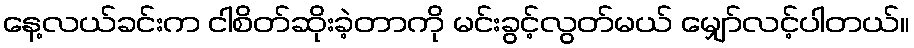
နေ့လယ်ခင်းက ငါစိတ်ဆိုးခဲ့တာကို မင်းခွင့်လွတ်မယ် မျှော်လင့်ပါတယ်။